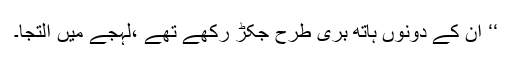
‘‘ ان کے دونوں ہاتھ بری طرح جکڑ رکھے تھے ،لہجے میں التجا۔